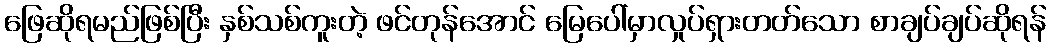
ဖြေဆိုရမည်ဖြစ်ပြီး နှစ်သစ်ကူးတဲ့ ဖင်တုန်အောင် မြေပေါ်မှာလှုပ်ရှားတတ်သော စာချပ်ချပ်ဆိုရန်